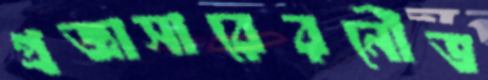
প্রজ্ঞাসারেরনৌভ